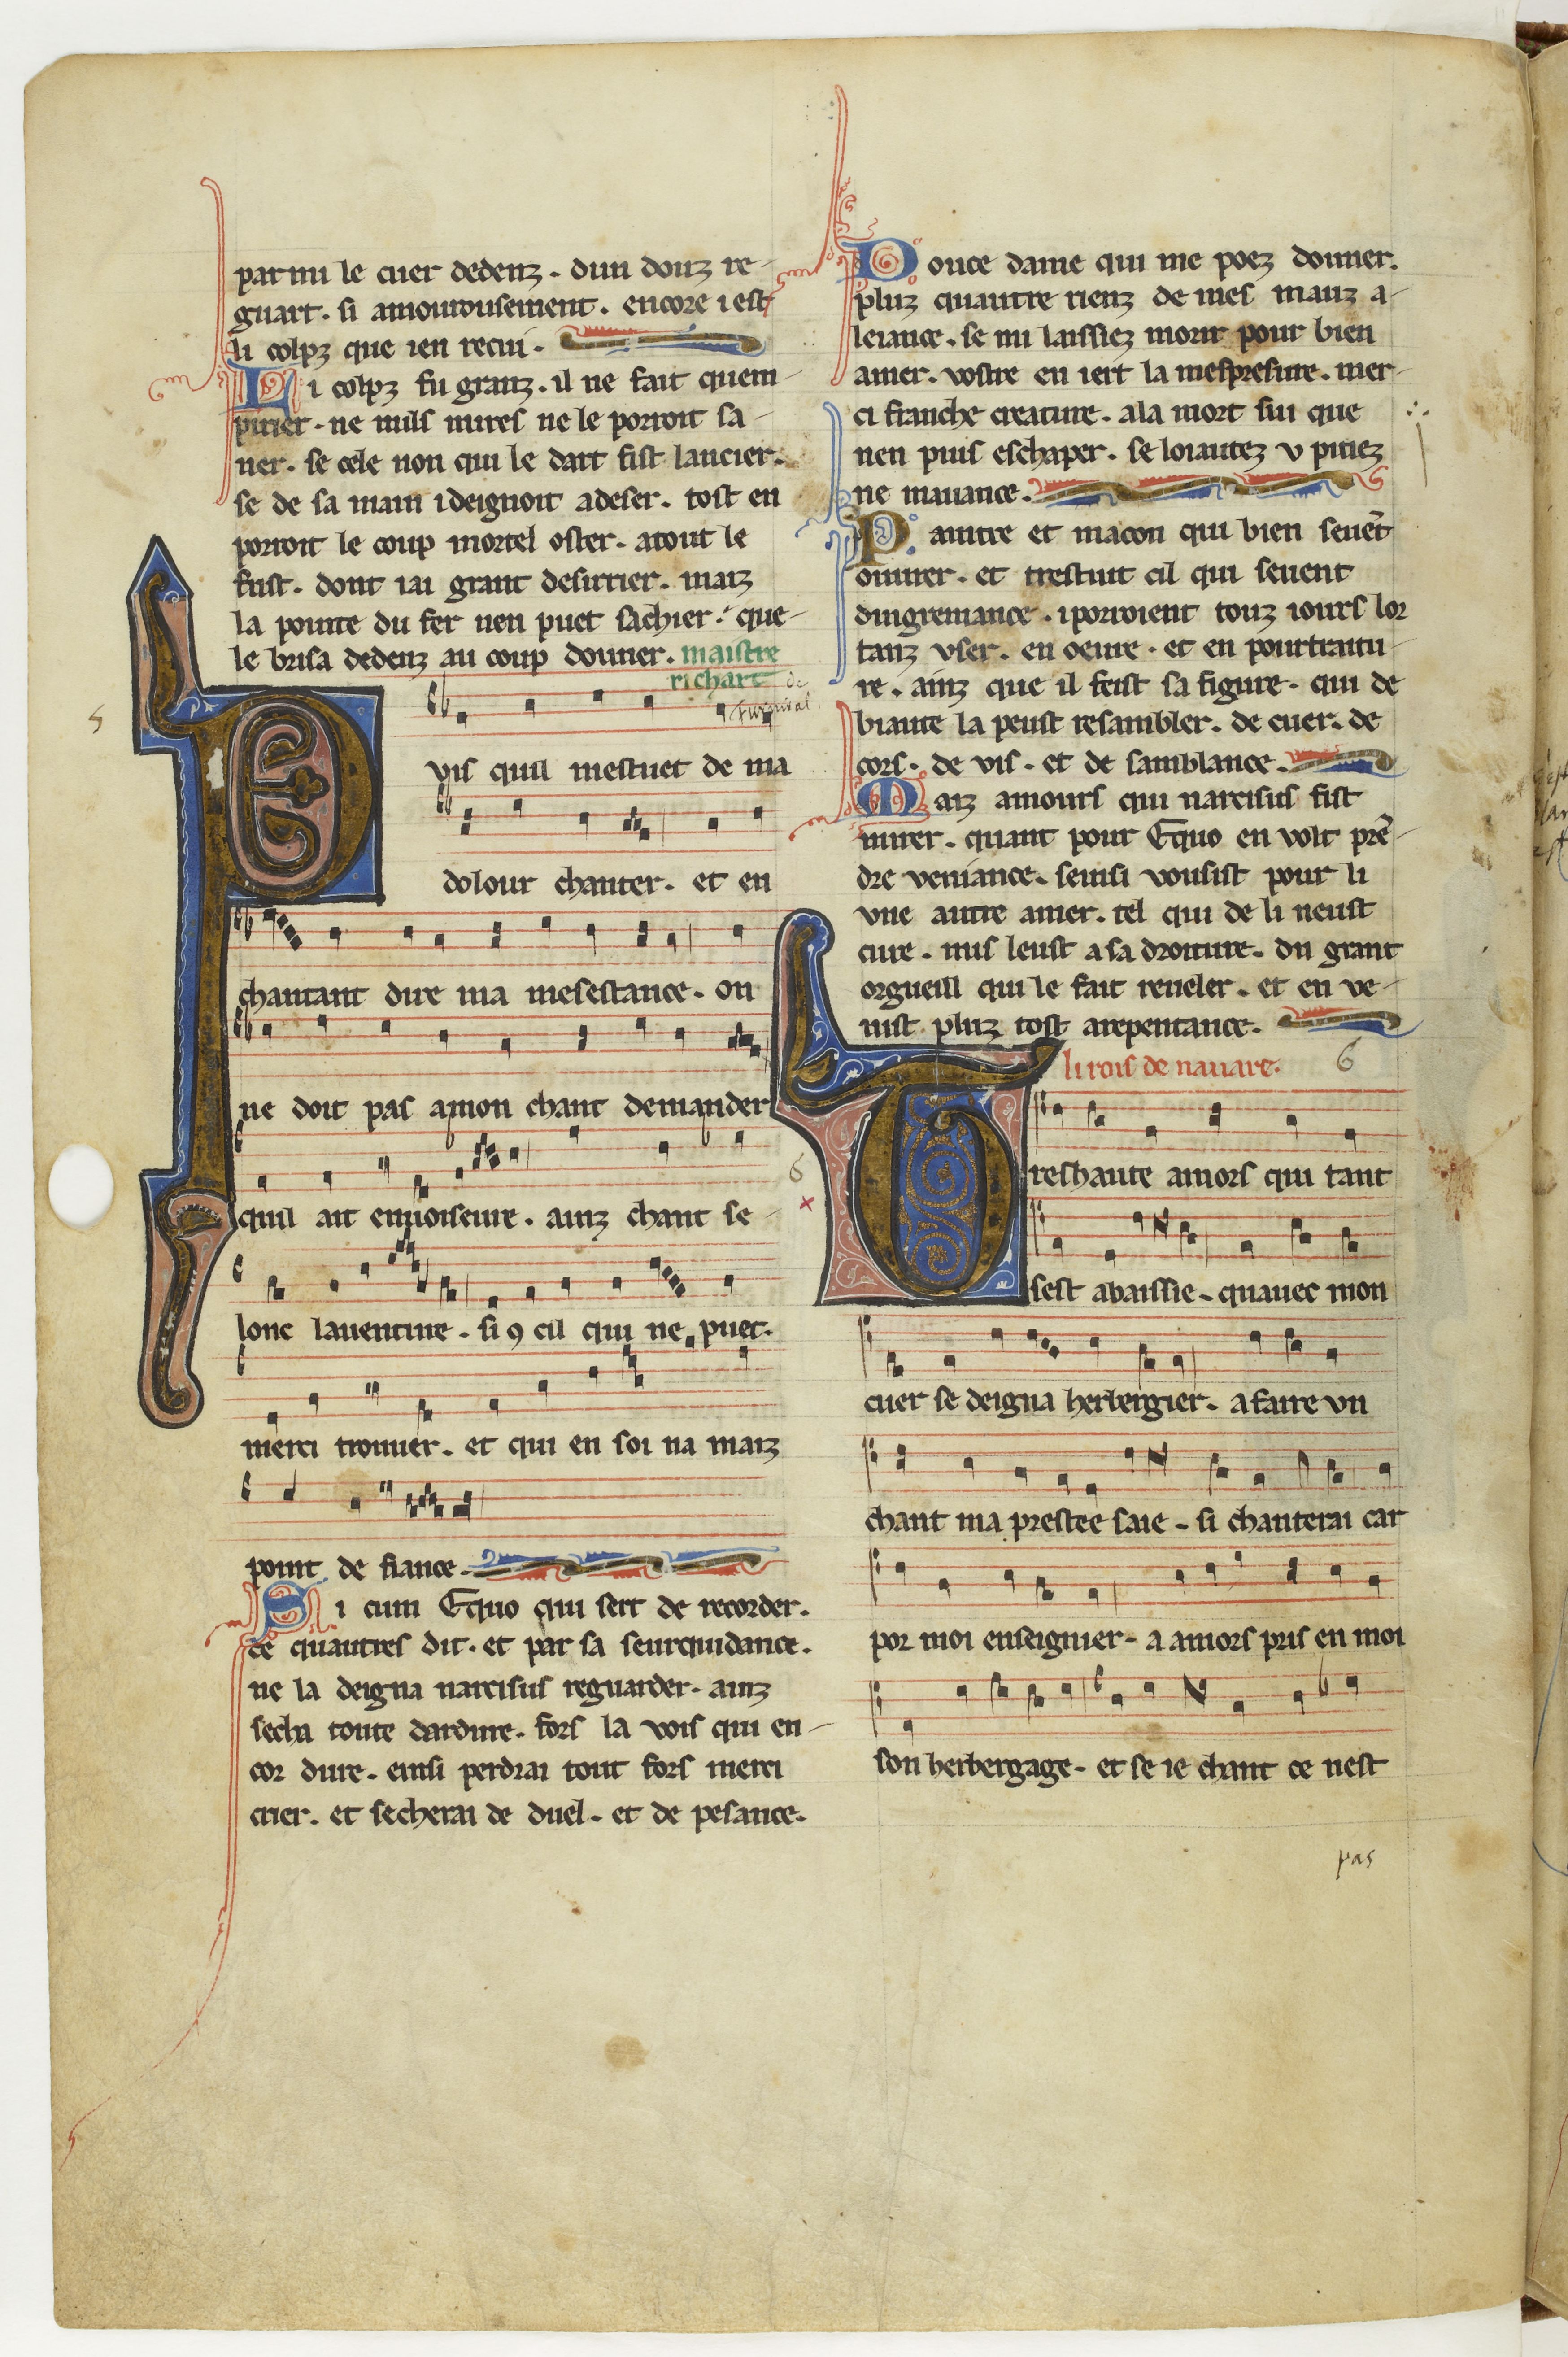
Shelfmark: Paris, BnF, fr. 844
Century: 13